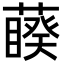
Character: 藈